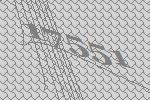
17551